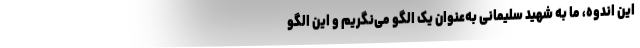
این اندوه، ما به شهید سلیمانی به‌عنوان یک الگو می‌نگریم و این الگو